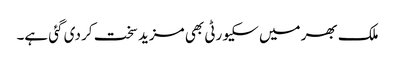
ملک بھر میں سکیورٹی بھی مزید سخت کر دی گئی ہے۔